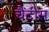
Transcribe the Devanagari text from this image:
चैंटीस